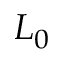
L _ { 0 }